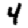
Digit: 4